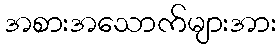
အစားအသောက်များအား